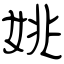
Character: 姚